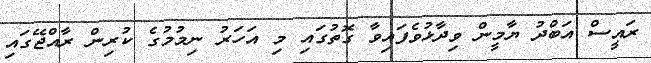
ރައީސް އަބްދު ޔާމީން ވިދާޅުވެފައިވާ ގޮތުގައި މި އަހަރު ނިމުމުގެ ކުރިން ރާއްޖޭގައި